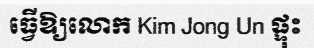
ធ្វើឱ្យលោក Kim Jong Un ផ្ទុះ